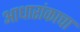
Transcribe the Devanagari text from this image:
आधारांकाचा